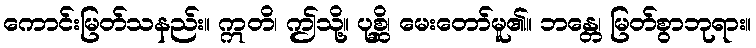
ကောင်းမြတ်သနည်း။ ဣတိ၊ ဤသို့။ ပုစ္ဆိ၊ မေးတော်မူ၏။ ဘန္တေ၊ မြတ်စွာဘုရား။